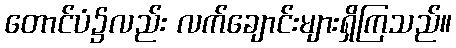
တောင်ပံ၌လည်း လက်ချောင်းများရှိကြသည်။